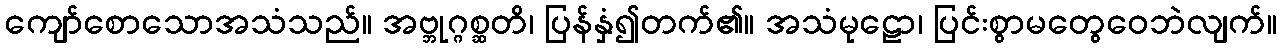
ကျော်စောသောအသံသည်။ အဗ္ဘုဂ္ဂစ္ဆတိ၊ ပြန်နှံ၍တက်၏။ အသံမုဠော၊ ပြင်းစွာမတွေဝေဘဲလျက်။